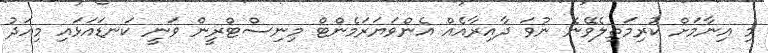
މި އިނާމަށް ކުރިމަތިލެވޭނެ ނުވަ ދާއިރާއެއް އެންވަޔަރަމެންޓް މިނިސްޓްރީން ވަނީ ކަނޑައަޅައި މިއަދު